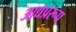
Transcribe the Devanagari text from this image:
आद्यप्ररूप